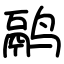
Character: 鹝